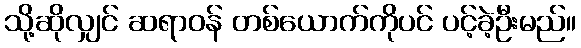
သို့ဆိုလျှင် ဆရာဝန် တစ်ယောက်ကိုပင် ပင့်ခဲ့ဦးမည်။